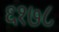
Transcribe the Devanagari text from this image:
६१७८